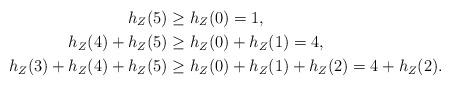
LaTeX: \begin{align*}h_Z(5) &\ge h_Z(0) = 1, \\h_Z(4)+h_Z(5) &\ge h_Z(0)+h_Z(1) = 4, \\h_Z(3)+h_Z(4)+h_Z(5) &\ge h_Z(0)+h_Z(1)+h_Z(2) = 4+h_Z(2).\end{align*}